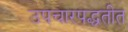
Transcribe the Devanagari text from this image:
उपचारपद्धतीत